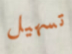
تسهيل